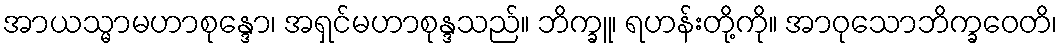
အာယသ္မာမဟာစုန္ဒော၊ အရှင်မဟာစုန္ဒသည်။ ဘိက္ခူ၊ ရဟန်းတို့ကို။ အာဝုသောဘိက္ခဝေတိ၊